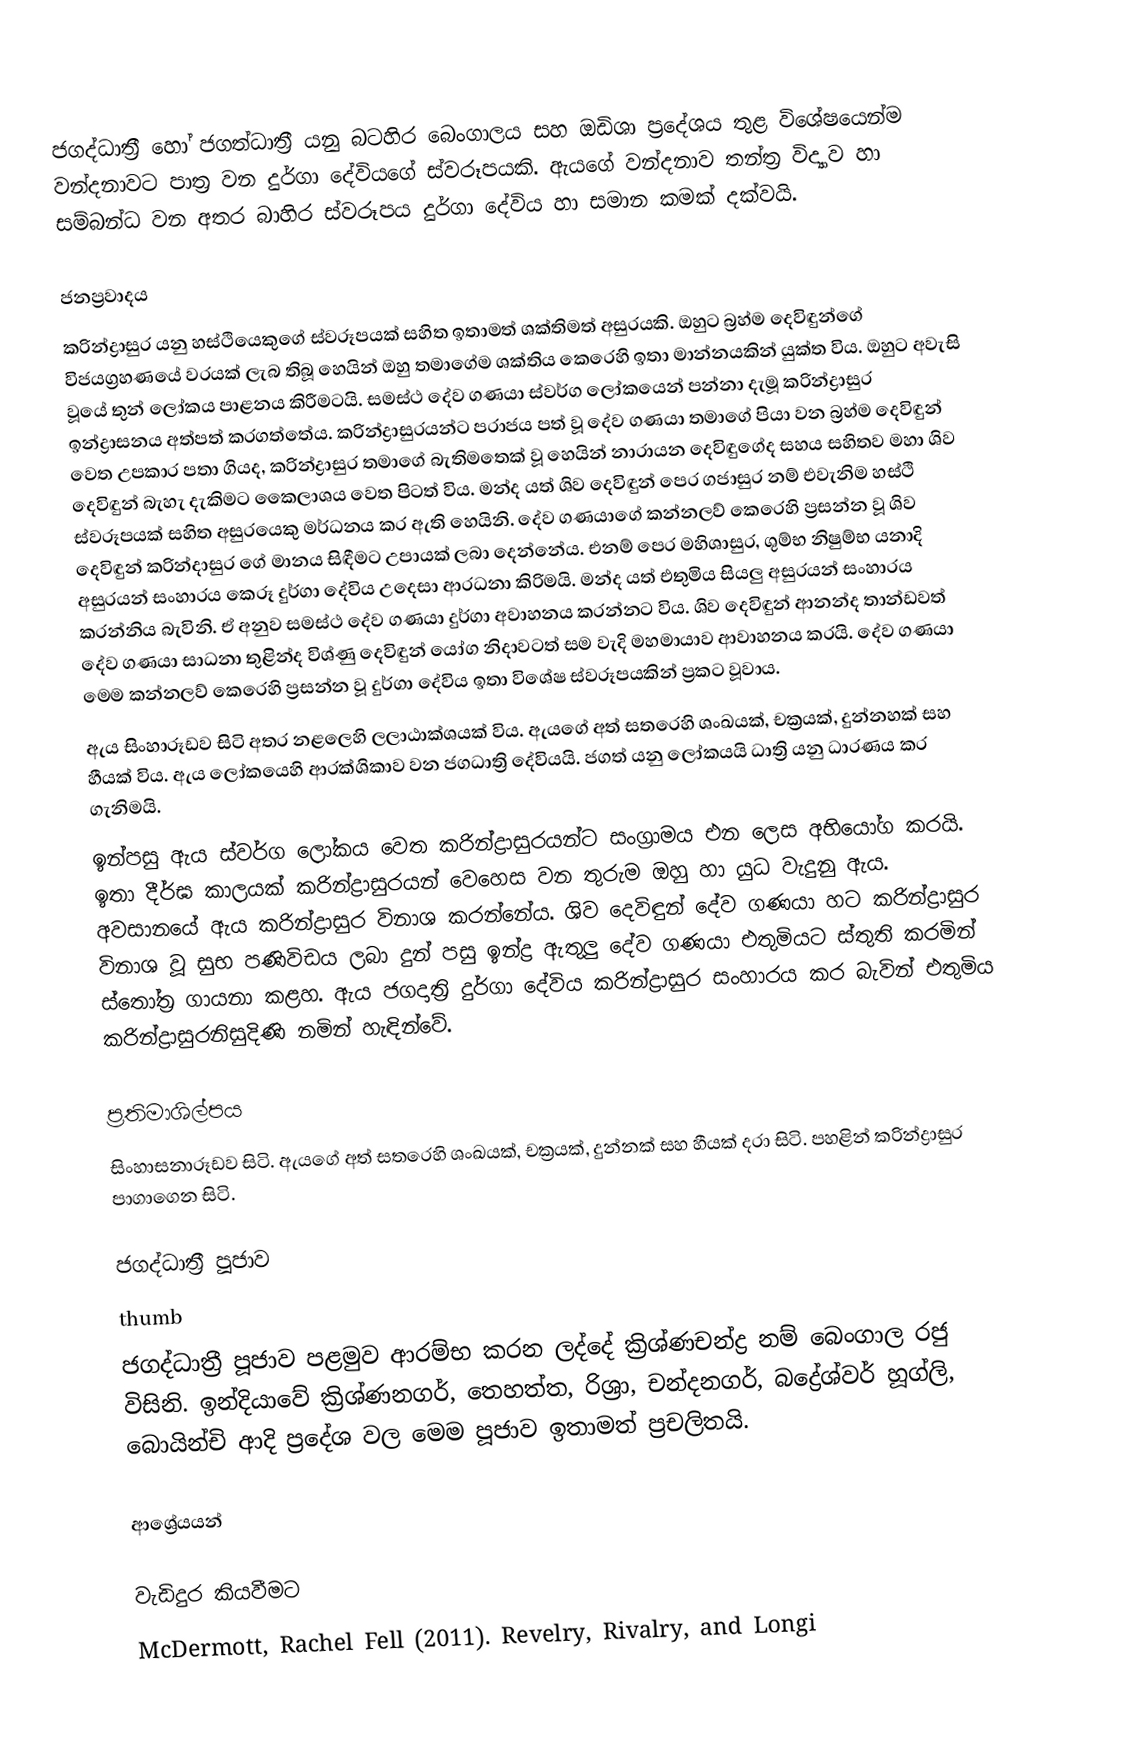
ජගද්ධාත්‍රී හෝ ජගත්ධාත්‍රී යනු බටහිර බෙංගාලය සහ ඔඩිශා ප්‍රදේශය තුළ විශේෂයෙන්ම වන්දනාවට පාත්‍ර වන දුර්ගා දේවියගේ ස්වරූපයකි. ඇයගේ වන්දනාව තන්ත්‍ර විද්‍යාව හා සම්බන්ධ වන අතර බාහිර ස්වරූපය දුර්ගා දේවිය හා සමාන කමක් දක්වයි.

ජනප්‍රවාදය
කරින්ද්‍රාසුර යනු හස්ථියෙකුගේ ස්වරූපයක් සහිත ඉතාමත් ශක්තිමත් අසුරයකි. ඔහුට බ්‍රහ්ම දෙවිඳුන්ගේ විජයග්‍රහණයේ වරයක් ලැබ තිබූ හෙයින් ඔහු තමාගේම ශක්තිය කෙරෙහි ඉතා මාන්නයකින් යුක්ත විය. ඔහුට අවැසි වූයේ තුන් ලෝකය පාළනය කිරීමටයි. සමස්ථ දේව ගණයා ස්වර්ග ලෝකයෙන් පන්නා දැමූ කරින්ද්‍රාසුර ඉන්ද්‍රාසනය අත්පත් කරගත්තේය. කරින්ද්‍රාසුරයන්ට පරාජය පත් වූ දේව ගණයා තමාගේ පියා වන  බ්‍රහ්ම දෙවිඳුන් වෙත උපකාර පතා ගියද, කරින්ද්‍රාසුර තමාගේ බැතිමතෙක් වූ හෙයින් නාරායන දෙවිඳුගේද සහය සහිතව මහා ශිව දෙවිඳුන් බැහැ දැකිමට කෛලාශය වෙත පිටත් විය. මන්ද යත් ශිව දෙවිඳුන් පෙර ගජාසුර නම් එවැනිම හස්ථි ස්වරූපයක් සහිත අසුරයෙකු මර්ධනය  කර ඇති හෙයිනි. දේව ගණයාගේ කන්නලව් කෙරෙහි ප්‍රසන්න වූ ශිව දෙවිඳුන්  කරින්දාසුර ගේ මානය සිඳීමට උපායක් ලබා දෙන්නේය. එනම් පෙර මහිශාසුර, ශුම්භ නිෂුම්භ යනාදි අසුරයන් සංහාරය කෙරූ දුර්ගා දේවිය උදෙසා ආරධනා කිරිමයි. මන්ද යත් එතුමිය සියලු අසුරයන් සංහාරය කරන්නිය බැවිනි. ඒ අනුව සමස්ථ දේව ගණයා දුර්ගා අවාහනය කරන්නට විය. ශිව දෙවිඳුන් ආනන්ද තාන්ඩවත් දේව ගණයා සාධනා තුළින්ද විශ්ණු දෙවිඳුන් යෝග නිදාවටත් සම වැදි මහමායාව ආවාහනය කරයි. දේව ගණයා මෙම කන්නලව් කෙරෙහි ප්‍රසන්න වූ දුර්ගා දේවිය ඉතා විශේෂ ස්වරූපයකින් ප්‍රකට වූවාය.
ඇය සිංහාරූඩව සිටි අතර නළලෙහි ලලාඨාක්ශයක් විය. ඇයගේ අත් සතරෙහි ශංඛයක්, චක්‍රයක්, දුන්නහක් සහ හීයක් විය.  ඇය ලෝකයෙහි ආරක්ශිකාව වන ජගධාත්‍රි දේවියයි. ජගත් යනු ලෝකයයි ධාත්‍රි යනු ධාරණය කර ගැනිමයි.
ඉන්පසු ඇය ස්වර්ග ලෝකය වෙත කරින්ද්‍රාසුරයන්ට සංග්‍රාමය එන ලෙස අභියෝග කරයි. ඉතා දීර්ඝ කාලයක් කරින්ද්‍රාසුරයන් වෙහෙස වන තුරුම ඔහු හා යුධ වැදුනු ඇය. අවසානයේ ඇය කරින්ද්‍රාසුර විනාශ කරන්නේය. ශිව දෙවිඳුන් දේව ගණයා හට කරින්ද්‍රාසුර විනාශ වූ සුභ පණිවිඩය ලබා දුන් පසු ඉන්ද්‍ර ඇතුලු දේව ගණයා එතුමියට ස්තුති කරමින් ස්තෝත්‍ර ගායනා කළහ. ඇය ජගදාත්‍රි දුර්ගා දේවිය කරින්ද්‍රාසුර සංහාරය කර බැවින් එතුමිය කරින්ද්‍රාසුරනිසුදිණි නමින් හැඳින්වේ.

ප්‍රතිමාශිල්පය
සිංහාසනාරූඩව සිටි. ඇයගේ අත් සතරෙහි ශංඛයක්, චක්‍රයක්, දුන්නක් සහ හීයක් දරා සිටි. පහළින් කරින්ද්‍රාසුර පාගාගෙන සිටි.

ජගද්ධාත්‍රී පූජාව
thumb
ජගද්ධාත්‍රී පූජාව පළමුව ආරම්භ කරන ලද්දේ ක්‍රිශ්ණචන්ද්‍ර නම් බෙංගාල රජු විසිනි. ඉන්දියාවේ ක්‍රිශ්ණනගර්, තෙහත්ත, රිශ්‍රා, චන්දනගර්, බද්‍රේශ්වර් හූග්ලි, බොයින්චි ආදි ප්‍රදේශ වල මෙම පූජාව ඉතාමත් ප්‍රචලිතයි.

ආශ්‍රේයයන්

වැඩිදුර කියවීමට
 McDermott, Rachel Fell (2011). Revelry, Rivalry, and Longi